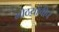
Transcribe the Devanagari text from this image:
मोठय़ांचीच